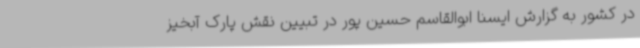
در کشور به گزارش ایسنا ابوالقاسم حسین پور در تبیین نقش پارک آبخیز